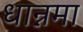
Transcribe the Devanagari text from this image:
धान्नमा